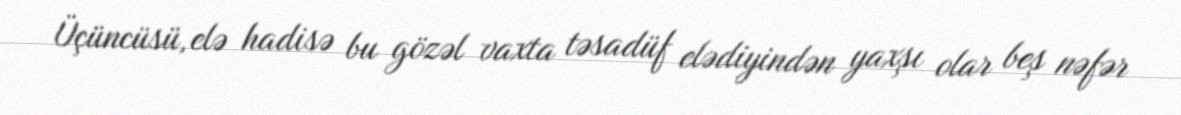
Üçüncüsü, elə hadisə bu gözəl vaxta təsadüf elədiyindən yaxşı olar beş nəfər